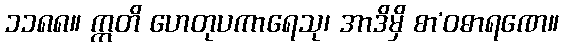
၁၁၈၈။ ဣတိ ဟေတုပကာရေသု၊ အာဒိမှိ စာ’ဝဓာရဏေ။